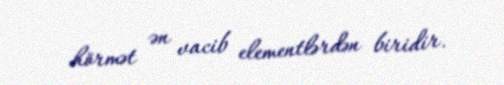
hörmət ən vacib elementlərdən biridir.